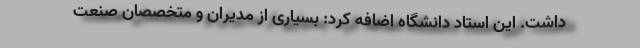
داشت. این استاد دانشگاه اضافه کرد: بسیاری از مدیران و متخصصان صنعت